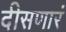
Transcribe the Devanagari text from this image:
दीसणारं